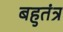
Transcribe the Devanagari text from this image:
बहुतंत्र